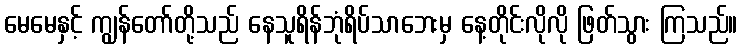
မေမေနှင့် ကျွန်တော်တို့သည် နေသူရိန်ဘုံရိပ်သာဘေးမှ နေ့တိုင်းလိုလို ဖြတ်သွား ကြသည်။